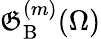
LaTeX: \mathfrak{G}_{\mathrm{{B}}}^{(m)}(\Omega)